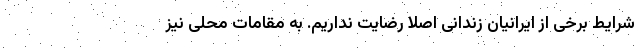
شرایط برخی از ایرانیان زندانی اصلا رضایت نداریم. به مقامات محلی نیز